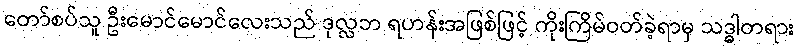
တော်စပ်သူ ဦးမောင်မောင်လေးသည် ဒုလ္လဘ ရဟန်းအဖြစ်ဖြင့် ကိုးကြိမ်ဝတ်ခဲ့ရာမှ သဒ္ဓါတရား